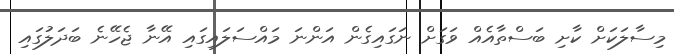
މިސާލަކަށް ކާށި ބަސްތާއެއް ވަގަށް ނަގައިގެން އަންނަ މައްސަލައިގައި އޭނާ ޖެހޭނެ ބަދަލުގައި